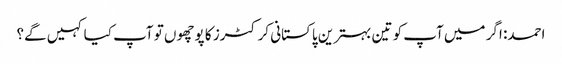
احمد: اگر میں آپ کو تین بہترین پاکستانی کرکٹرز کا پوچھوں تو آپ کیا کہیں گے؟